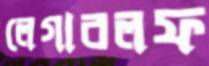
লেগারলফ